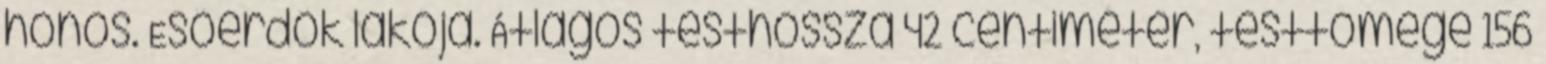
honos. Esőerdők lakója. Átlagos testhossza 42 centiméter, testtömege 156